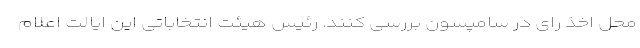
محل اخذ رای در سامپسون بررسی کنند. رئیس هیئت انتخاباتی این ایالت اعلام